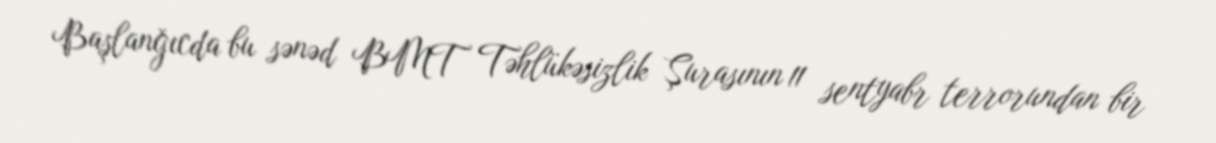
Başlanğıcda bu sənəd BMT Təhlükəsizlik Şurasının 11 sentyabr terrorundan bir